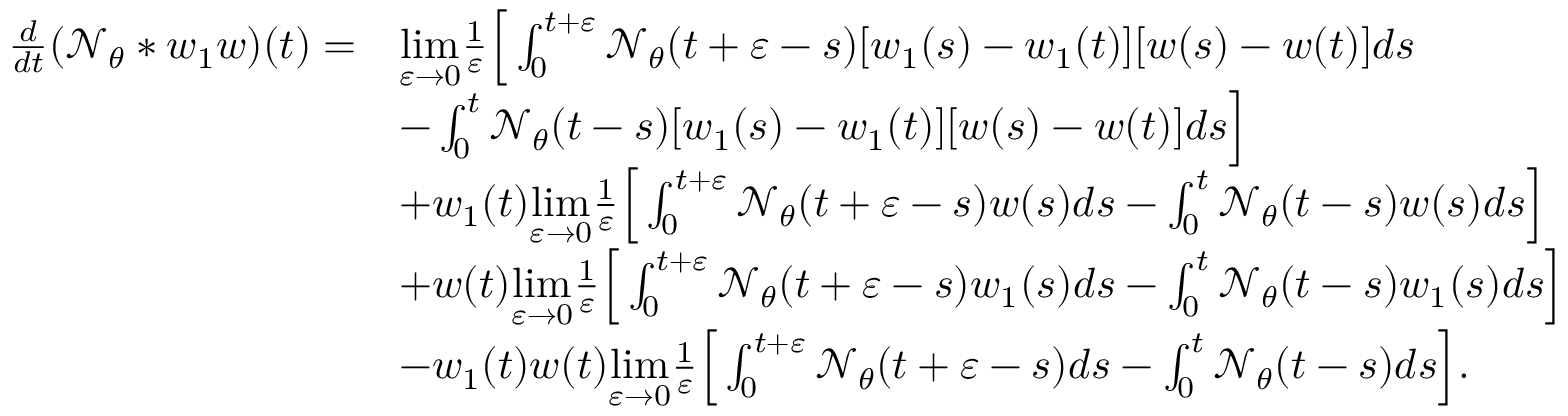
\begin{array} { r l } { \frac { d } { d t } ( \mathcal { N } _ { \theta } * w _ { 1 } w ) ( t ) = } & { \underset { \varepsilon \to 0 } { \operatorname* { l i m } } \frac { 1 } { \varepsilon } \Big [ \int _ { 0 } ^ { t + \varepsilon } \mathcal { N } _ { \theta } ( t + \varepsilon - s ) [ w _ { 1 } ( s ) - w _ { 1 } ( t ) ] [ w ( s ) - w ( t ) ] d s } \\ & { - \int _ { 0 } ^ { t } \mathcal { N } _ { \theta } ( t - s ) [ w _ { 1 } ( s ) - w _ { 1 } ( t ) ] [ w ( s ) - w ( t ) ] d s \Big ] } \\ & { + w _ { 1 } ( t ) \underset { \varepsilon \to 0 } { \operatorname* { l i m } } \frac { 1 } { \varepsilon } \Big [ \int _ { 0 } ^ { t + \varepsilon } \mathcal { N } _ { \theta } ( t + \varepsilon - s ) w ( s ) d s - \int _ { 0 } ^ { t } \mathcal { N } _ { \theta } ( t - s ) w ( s ) d s \Big ] } \\ & { + w ( t ) \underset { \varepsilon \to 0 } { \operatorname* { l i m } } \frac { 1 } { \varepsilon } \Big [ \int _ { 0 } ^ { t + \varepsilon } \mathcal { N } _ { \theta } ( t + \varepsilon - s ) w _ { 1 } ( s ) d s - \int _ { 0 } ^ { t } \mathcal { N } _ { \theta } ( t - s ) w _ { 1 } ( s ) d s \Big ] } \\ & { - w _ { 1 } ( t ) w ( t ) \underset { \varepsilon \to 0 } { \operatorname* { l i m } } \frac { 1 } { \varepsilon } \Big [ \int _ { 0 } ^ { t + \varepsilon } \mathcal { N } _ { \theta } ( t + \varepsilon - s ) d s - \int _ { 0 } ^ { t } \mathcal { N } _ { \theta } ( t - s ) d s \Big ] . } \end{array}